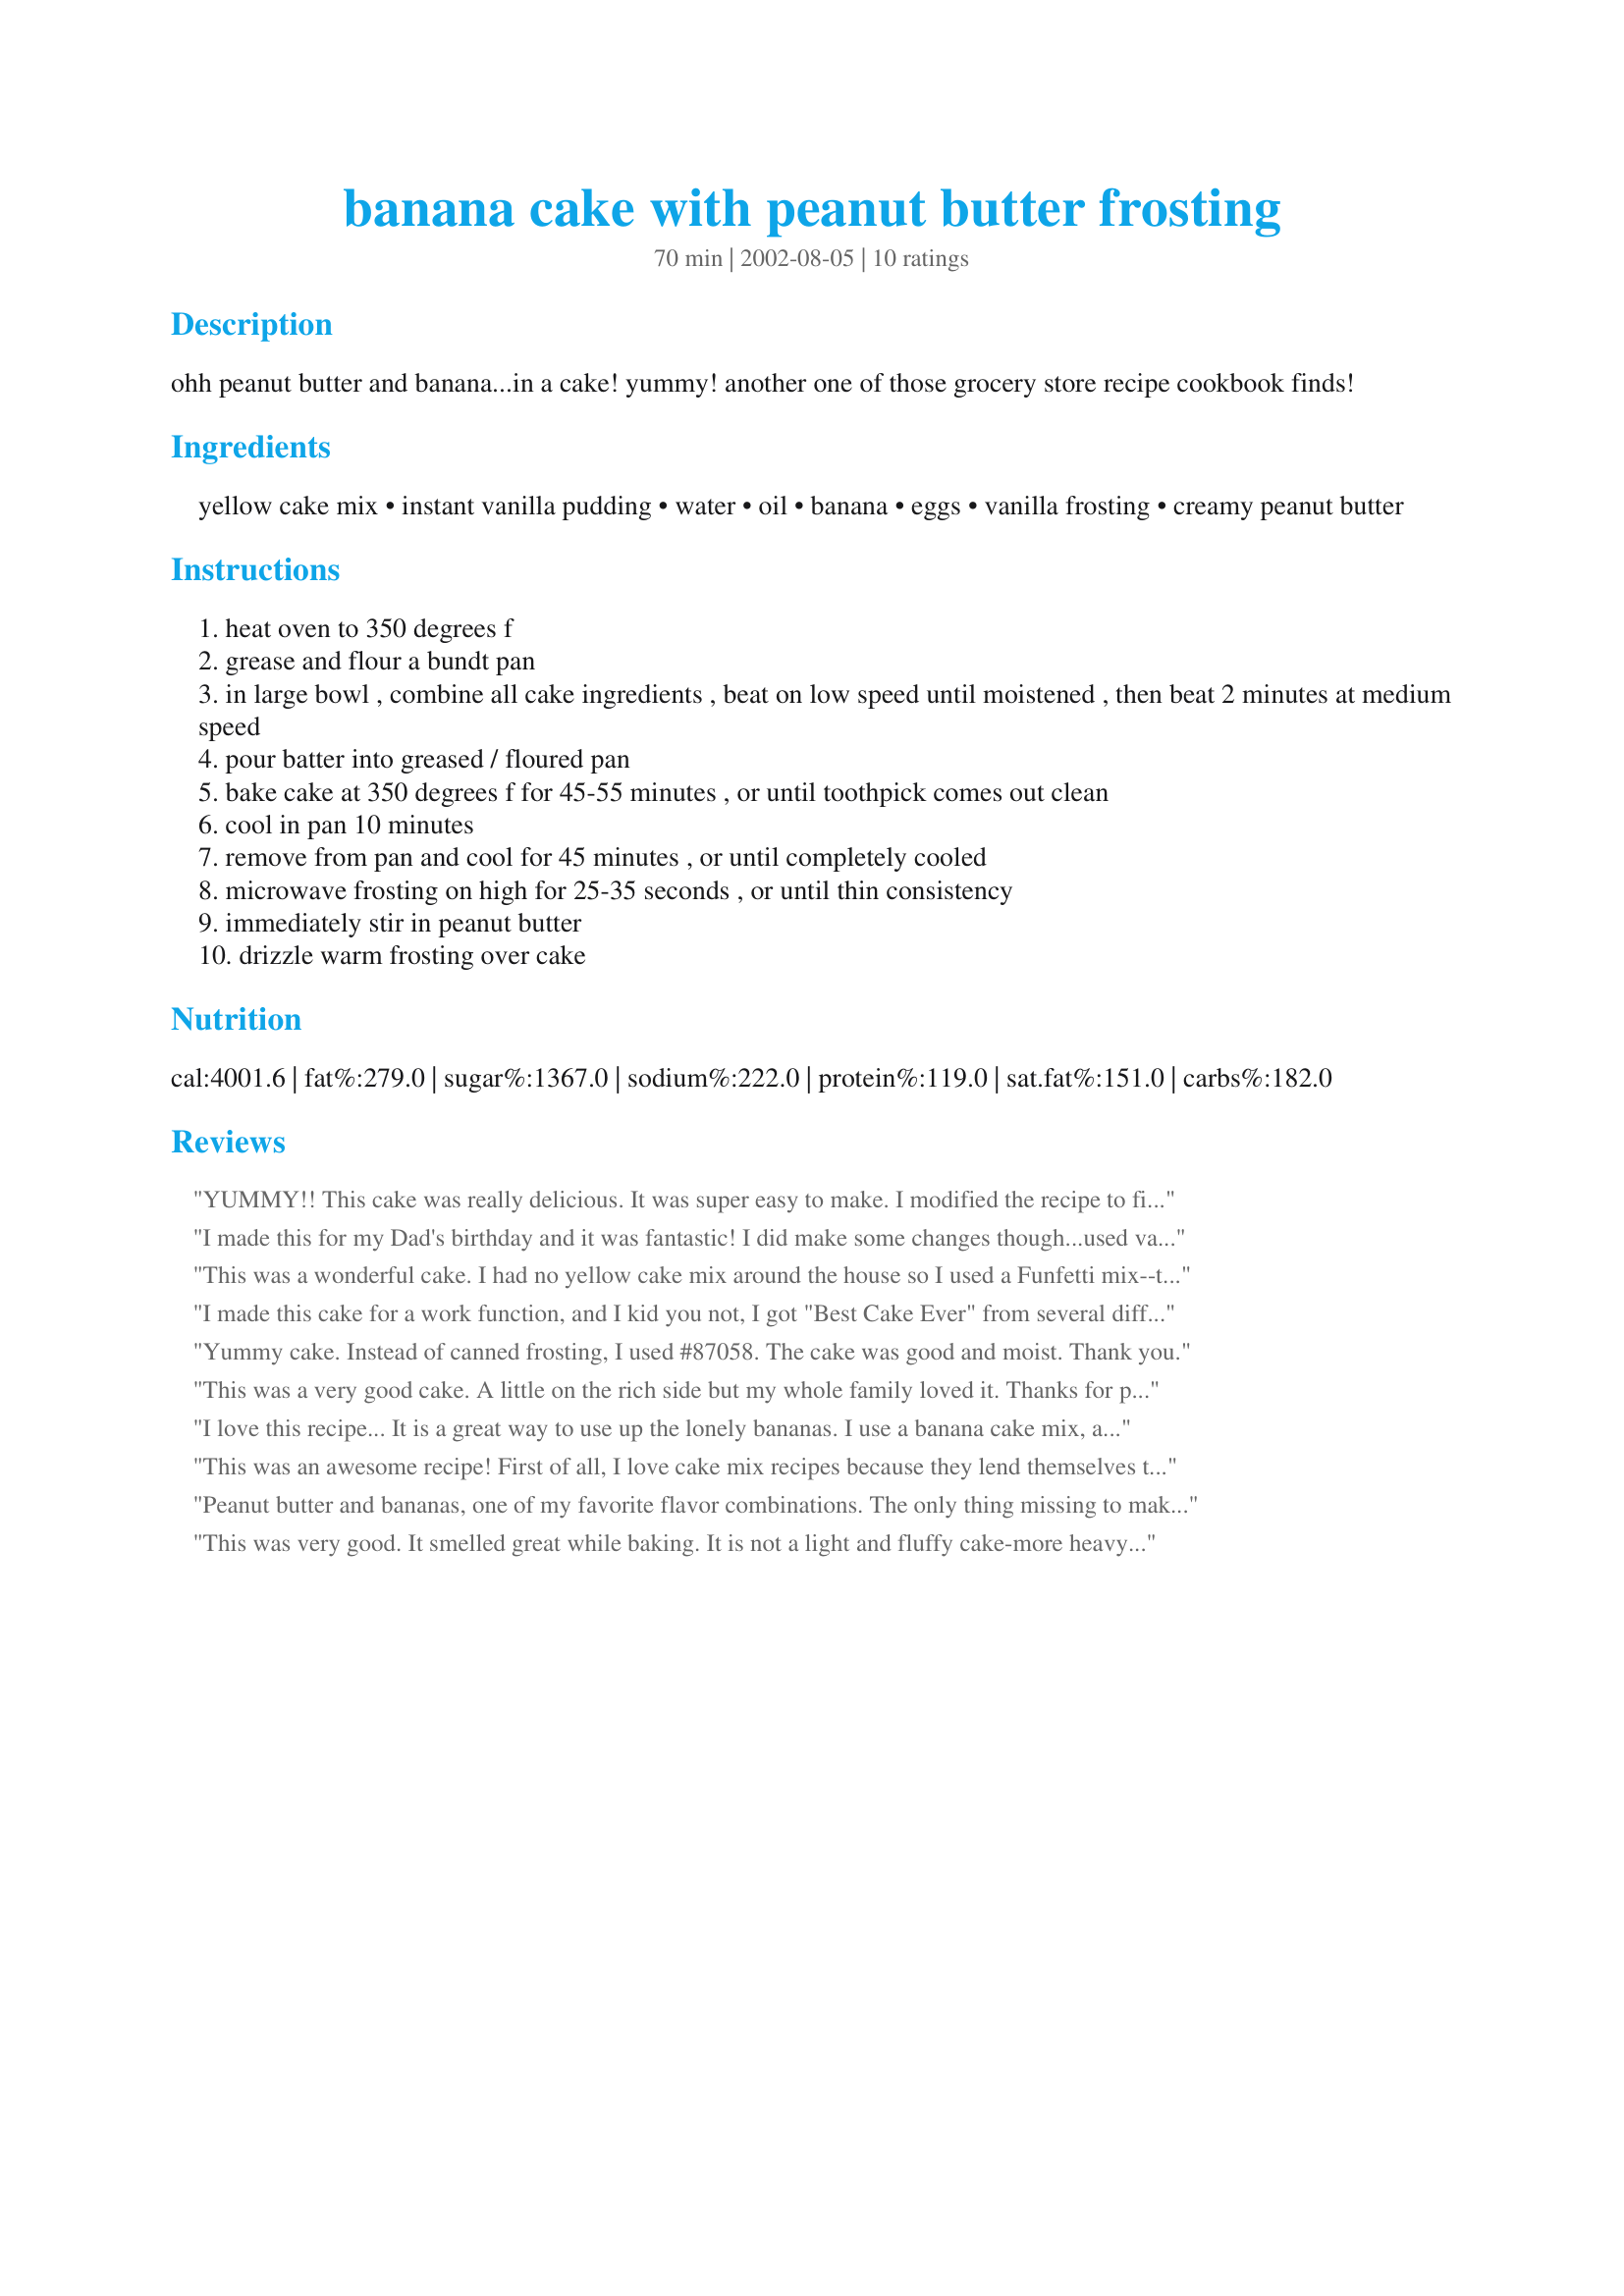
banana cake with peanut butter frosting
Preparation time: 70 minutes

ohh peanut butter and banana...in a cake! yummy! another one of those grocery store recipe cookbook finds!

Ingredients:
yellow cake mix, instant vanilla pudding, water, oil, banana, eggs, vanilla frosting, creamy peanut butter

Steps:
heat oven to 350 degrees f
grease and flour a bundt pan
in large bowl , combine all cake ingredients , beat on low speed until moistened , then beat 2 minutes at medium speed
pour batter into greased / floured pan
bake cake at 350 degrees f for 45-55 minutes , or until toothpick comes out clean
cool in pan 10 minutes
remove from pan and cool for 45 minutes , or until completely cooled
microwave frosting on high for 25-35 seconds , or until thin consistency
immediately stir in peanut butter
drizzle warm frosting over cake

Reviews:
YUMMY!! This cake was really delicious. It was super easy to make. I modified the recipe to fit what I had in the pantry. I used a 3 oz. box of cook and serve banana cream pudding. I was a bit nervous as the recipe said to use instant pudding, but the results were absolutely wonderful. I did not use this peanut butter frosting however. Thanks for the wonderful recipe!!
I made this for my Dad's birthday and it was fantastic! I did make some changes though...used vanilla cake instead of yellow, reduced sugar icing (no one noticed!), added pecans and chocolate-peanut butter chips to the outside. I also made it as 2 rounds instead of a bundt and that requires an entire can of icing plus PB. And when you use the whole can, if you just *slightly* warm the PB before mixing, it will still have that definate PB taste but is spreadable...even cold and on a cooled cake. SO YUMMO. Will definately be making this one again!! Thanks Shae for a wonderful cake!!
This was a wonderful cake. I had no yellow cake mix around the house so I used a Funfetti mix--that gave it an interesting look, for certain. I also used banana cream pudding instead of vanilla. When making the icing, I heated the frosting for a few seconds in the microwave and then added the room temperature peanut butter. This helped it to blend well (it also helped that I was using the ultra-fluffy variety of frosting). All of my substitutions seemed to work out well, and I even added a couple drops of yellow food coloring to give it the correct color. The second time I made this cake (it's now a favorite for cleaning up the last of the bananas) I only had one banana, but the recipe still worked out just fine. I assume this was because the recipe is really just a prepared cake mix with banana and pudding added for the flavor and gluey bundt cake texture. Anyhow, it tasted great all around! I'd suggest adding walnuts or mini chocolate chips, though I haven't tried it myself. Easily five stars.
I made this cake for a work function, and I kid you not, I got "Best Cake Ever" from several different coworkers. I followed the receipe exactly, and it was absolutely perfect. I'll be making this one again very soon.
Yummy cake. Instead of canned frosting, I used #87058. The cake was good and moist. Thank you.
This was a very good cake. A little on the rich side but my whole family loved it. Thanks for posting.
I love this recipe... It is a great way to use up the lonely bananas. I use a banana cake mix, a banana pudding and add mini-chocolate chips!!! Sometimes I even add a little bit of mexican vanilla! Yum! Thanks for posting!
This was an awesome recipe! First of all, I love cake mix recipes because they lend themselves to experimentation so well. I had two whole batches of bananas going bad at one time, so made two versions. The one printed here was sooo good! I recommend microwaving the peanut butter and the frosting together in a bowl and then stirring. Also, it goes on the cake more easily if the cake itself is still warm. The second version I tried was with a spice cake mix--all else the same, although I think a butterscotch pudding would be interesting, too. I used a pecan coconut frostingl (the popular one for German chocolate cakes), and wow!! Next time (probably Thanksgiving) I'll do the spice version with caramel frosting and see which one I like better. 
Happy baking!
Kari
Peanut butter and bananas, one of my favorite flavor combinations. The only thing missing to make this cake heavenly is chocolate, and I managed to remedy to situation for me by using a dark chocolate cake mix instead of a yellow cake mix. Still used the vanilla pudding, and this came out great! You do need to nuke the frosting to make it a little runny, the top of the cake is a bit moist and I don't think frosting would spread very well, especially when thickend by peanut butter. Shae, thanks, this one is going to become a family favorite!
This was very good. It smelled great while baking. It is not a light and fluffy cake-more heavy. If I try it again I will fix in a 9x13 pan instead.
